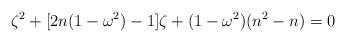
LaTeX: \begin{align*}\zeta^2+[2n(1-\omega^2)-1]\zeta+(1-\omega^2)(n^2-n)=0\end{align*}